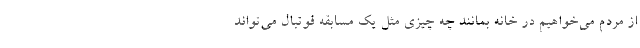
از مردم می‌خواهیم در خانه بمانند چه چیزی مثل یک مسابقه فوتبال می‌تواند